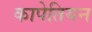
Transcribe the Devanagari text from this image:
कापेतियन